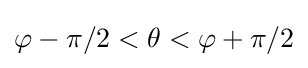
\varphi -\pi /2<\theta <\varphi +\pi /2